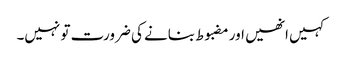
کہیں انھیں اور مضبوط بنانے کی ضرورت تو نہیں۔